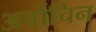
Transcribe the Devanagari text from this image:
अर्वाचिन